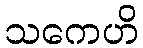
သကေဟိ